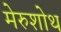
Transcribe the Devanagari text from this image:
मेरुशोथ